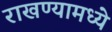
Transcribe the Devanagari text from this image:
राखण्यामध्ये